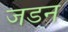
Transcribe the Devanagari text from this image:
जडन